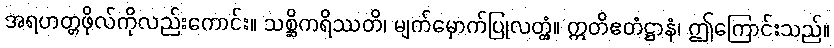
အရဟတ္တဖိုလ်ကိုလည်းကောင်း။ သစ္ဆိကရိဿတိ၊ မျက်မှောက်ပြုလတ္တံ့။ ဣတိဧတံဋ္ဌာနံ၊ ဤကြောင်းသည်။